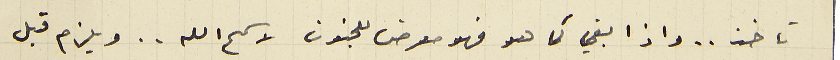
تاخذ .. واذا بقى كما هو فهو معرض للجنون لا سمح الله .. ويلزم قبل